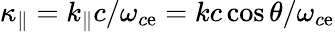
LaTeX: \kappa_{\| }=k_{\| }c/\omega_{c\mathrm{e}}=kc\cos\theta/\omega_{c\mathrm{e}}